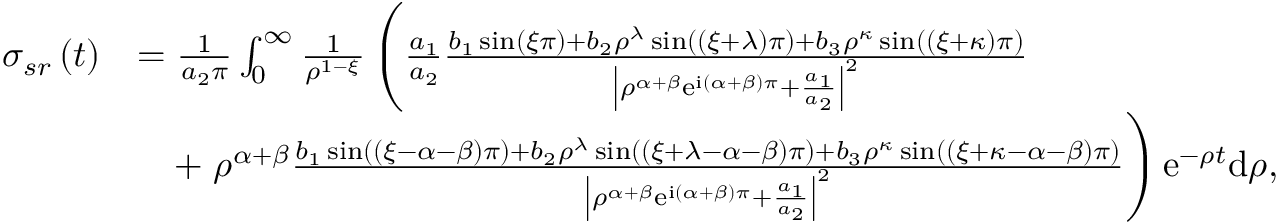
\begin{array} { r l } { \sigma _ { s r } \left( t \right) } & { = \frac { 1 } { a _ { 2 } \pi } \int _ { 0 } ^ { \infty } \frac { 1 } { \rho ^ { 1 - \xi } } \left( \frac { a _ { 1 } } { a _ { 2 } } \frac { b _ { 1 } \sin \left( \xi \pi \right) + b _ { 2 } \rho ^ { \lambda } \sin \left( \left( \xi + \lambda \right) \pi \right) + b _ { 3 } \rho ^ { \kappa } \sin \left( \left( \xi + \kappa \right) \pi \right) } { \left\vert \rho ^ { \alpha + \beta } \mathrm { e } ^ { \mathrm { i } \left( \alpha + \beta \right) \pi } + \frac { a _ { 1 } } { a _ { 2 } } \right\vert ^ { 2 } } \right. } \\ & { \quad + \left. \rho ^ { \alpha + \beta } \frac { b _ { 1 } \sin \left( \left( \xi - \alpha - \beta \right) \pi \right) + b _ { 2 } \rho ^ { \lambda } \sin \left( \left( \xi + \lambda - \alpha - \beta \right) \pi \right) + b _ { 3 } \rho ^ { \kappa } \sin \left( \left( \xi + \kappa - \alpha - \beta \right) \pi \right) } { \left\vert \rho ^ { \alpha + \beta } \mathrm { e } ^ { \mathrm { i } \left( \alpha + \beta \right) \pi } + \frac { a _ { 1 } } { a _ { 2 } } \right\vert ^ { 2 } } \right) \mathrm { e } ^ { - \rho t } \mathrm { d } \rho , } \end{array}